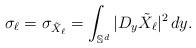
LaTeX: \begin{align*}\sigma_\ell = \sigma_{\tilde X_\ell} =\int_{\mathbb S^d} |D_y \tilde X_\ell |^2\,dy.\end{align*}